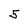
Character: 5